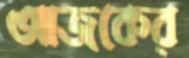
আজকের